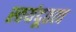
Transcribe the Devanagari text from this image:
स्वयंदूतत्व